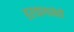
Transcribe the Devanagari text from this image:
हरयाणानेही